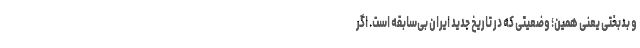
و بدبختی یعنی همین؛ وضعیتی که در تاریخ جدید ایران بی‌سابقه است. اگر